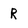
Character: R